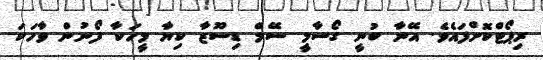
ރިޕޯޓްކޮށްފައެވެ. އޭނާ ބުނީ ގޯސާމީ ސޭމް ޑިސޫޒާ ކިޔާ މީހަކާ ފޯނުން ވާހަކަ